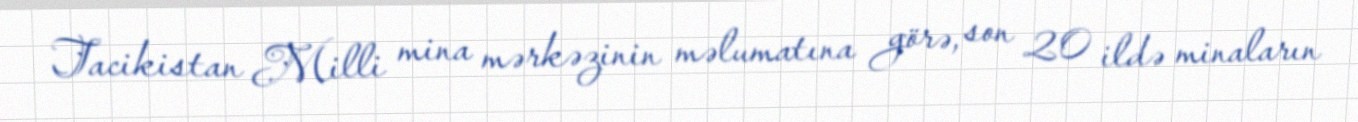
Tacikistan Milli mina mərkəzinin məlumatına görə, son 20 ildə minaların